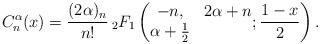
LaTeX: \begin{align*} C_n^{\alpha}(x)=\frac{(2\alpha)_{{n}}}{n!} \,_2F_1\left(\begin{matrix} -n,&2\alpha+n\\ \alpha+\frac{1}{2}\end{matrix};\frac{1-x}{2}\right).\end{align*}